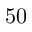
5 0